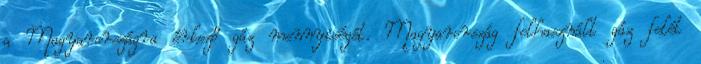
a Magyarországra érkező gáz mennyiségét. Magyarország felhasznált gáz felét